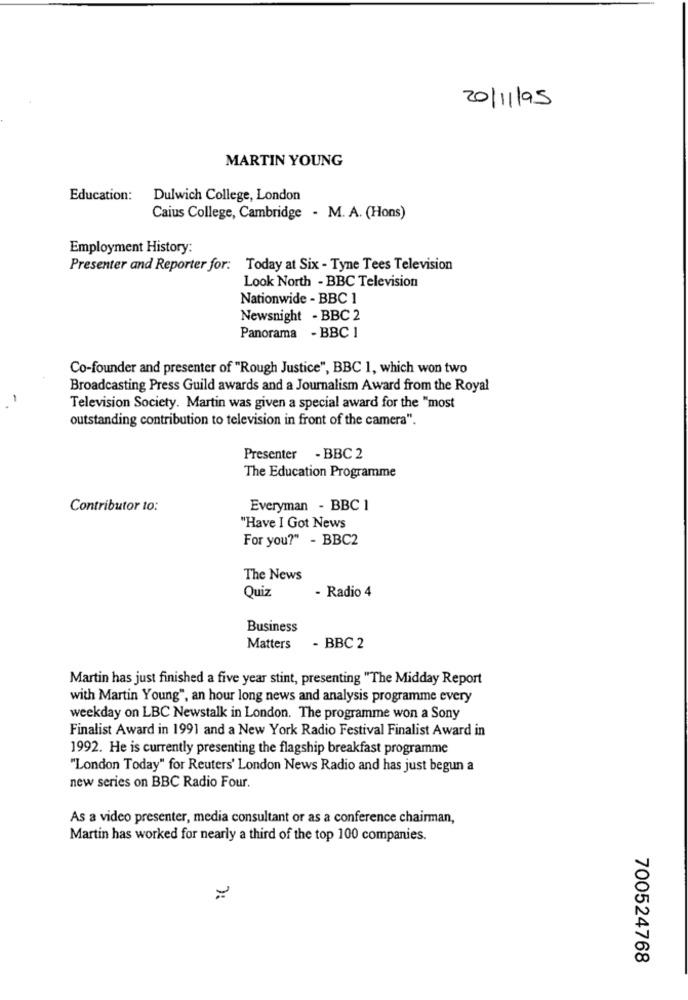
20/11/95
MARTIN YOUNG
Education:
Dulwich College, London
Caius College, Cambridge - M. A. (Hons)
Employment History:
Presenter and Reporter for: Today at Six - Tyne Tees Television
Look North - BBC Television
Nationwide - BBC 1
Newsnight - BBC 2
Panorama - BBC 1
Co-founder and presenter of "Rough Justice", BBC 1, which won two
Broadcasting Press Guild awards and a Journalism Award from the Royal
Television Society. Martin was given a special award for the "most
outstanding contribution to television in front of the camera".
Presenter
- BBC 2
The Education Programme
Contributor to:
Everyman - BBC 1
"Have I Got News
For you?" - BBC2
The News
Quiz
- Radio 4
Business
Matters
- BBC 2
Martin has just finished a five year stint, presenting "The Midday Report
with Martin Young", an hour long news and analysis programme every
weekday on LBC Newstalk in London. The programme won a Sony
Finalist Award in 1991 and a New York Radio Festival Finalist Award in
1992. He is currently presenting the flagship breakfast programme
"London Today" for Reuters' London News Radio and has just begun a
new series on BBC Radio Four.
As a video presenter, media consultant or as a conference chairman,
Martin has worked for nearly a third of the top 100 companies.
700524768